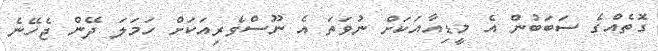
ގޮތެއްގެ ސަބަބުން އެ މީޑިއާއަކަށް ނުވަތަ އެ ނޫސްވެރިއަކަށް ހަމަލަ ދޭން ޖެހޭނެ